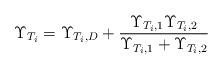
LaTeX: \begin{align*}\Upsilon_{T_i} = {\Upsilon _{{T_i},D}} + \frac{{{\Upsilon _{{T_i},1}}{\Upsilon _{{T_i},2}}}}{{{\Upsilon _{{T_i},1}} + {\Upsilon _{{T_i},2}}}}\end{align*}